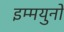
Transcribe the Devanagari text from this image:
इम्मयुनो